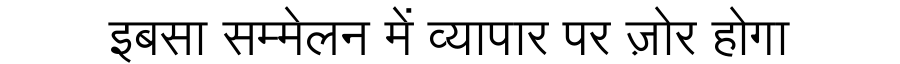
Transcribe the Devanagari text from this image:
इबसा सम्मेलन में व्यापार पर ज़ोर होगा